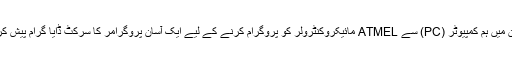
اس مضمون میں ہم کمپیوٹر (PC) سے ATMEL مائیکروکنٹرولر کو پروگرام کرنے کے لیے ایک آسان پروگرامر کا سرکٹ ڈایا گرام پیش کر رہے ہیں۔